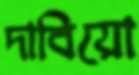
দাবিয়ো